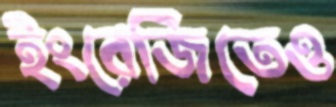
ইংরেজিতেও